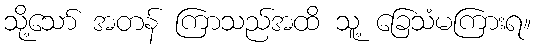
သို့သော် အတန် ကြာသည်အထိ သူ့ ခြေသံမကြားရ။